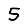
Digit: 5